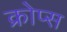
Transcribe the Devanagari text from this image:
क्रोप्स